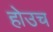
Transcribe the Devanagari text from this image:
होउच